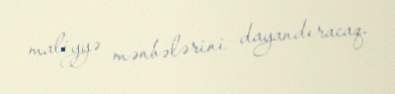
maliyyə mənbələrini dayandıracaq.